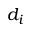
d _ { i }